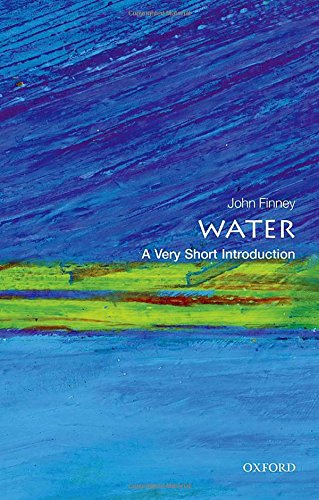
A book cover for Water: A Very Short Introduction (Very Short Introductions); John Finney; Science & Math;